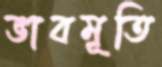
ভাবমূতি